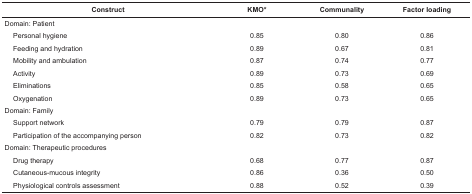
<table><thead><tr><td colspan="2"><b>Construct</b></td><td><b>KMO*</b></td><td><b>Communality</b></td><td><b>Factor loading</b></td></tr></thead><tbody><tr><td colspan="2"> Domain: Patient</td><td></td><td></td><td></td></tr><tr><td></td><td> Personal hygiene</td><td> 0.85</td><td> 0.80</td><td> 0.86</td></tr><tr><td></td><td> Feeding and hydration</td><td> 0.89</td><td> 0.67</td><td> 0.81</td></tr><tr><td></td><td> Mobility and ambulation</td><td> 0.87</td><td> 0.74</td><td> 0.77</td></tr><tr><td></td><td> Activity</td><td> 0.89</td><td> 0.73</td><td> 0.69</td></tr><tr><td></td><td> Eliminations</td><td> 0.85</td><td> 0.58</td><td> 0.65</td></tr><tr><td></td><td> Oxygenation</td><td> 0.89</td><td> 0.73</td><td> 0.65</td></tr><tr><td colspan="2"> Domain: Family</td><td></td><td></td><td></td></tr><tr><td></td><td> Support network</td><td> 0.79</td><td> 0.79</td><td> 0.87</td></tr><tr><td></td><td> Participation of the accompanying person</td><td> 0.82</td><td> 0.73</td><td> 0.82</td></tr><tr><td colspan="2"> Domain: Therapeutic procedures</td><td></td><td></td><td></td></tr><tr><td></td><td> Drug therapy</td><td> 0.68</td><td> 0.77</td><td> 0.87</td></tr><tr><td></td><td> Cutaneous-mucous integrity</td><td> 0.86</td><td> 0.36</td><td> 0.50</td></tr><tr><td></td><td> Physiological controls assessment</td><td> 0.88</td><td> 0.52</td><td> 0.39</td></tr></tbody></table>